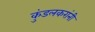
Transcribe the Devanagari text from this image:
कुंडलकरांनी